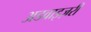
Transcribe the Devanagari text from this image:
अडवाइज़री